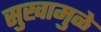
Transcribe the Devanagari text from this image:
सुखामुळे